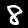
Label: 8